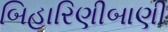
બિહારિણીબાણી